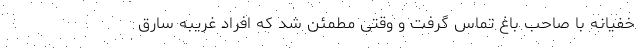
خفیانه با صاحب باغ تماس گرفت و وقتی مطمئن شد که افراد غریبه سارق